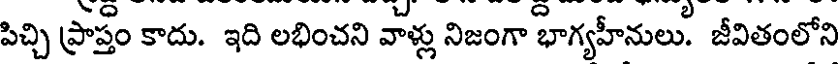
పిచ్చి ప్రాప్తం కాదు. ఇది లభించని వాళ్లు నిజంగా భాగ్యహీనులు. జీవితంలోని